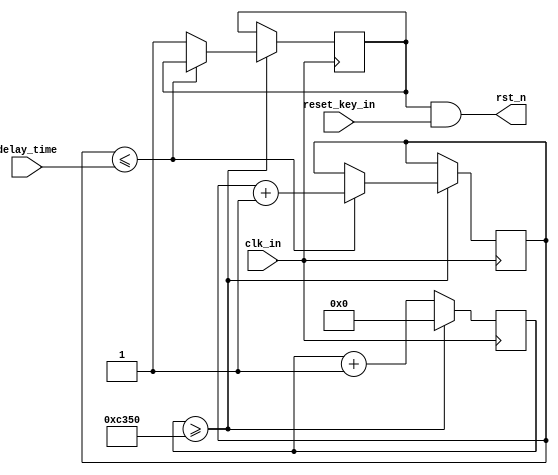

/*====================================================*/
/*				Document description
	: RESET.v
	: 
	: 2019-05-18
	: 	
			delay_time(ms)
			
	: 
	: V1.0
	: 1073804283@qq.com
*/
/*====================================================*/

/*====================================================*/
/*
// Module instantiation
//
RESET	U_RESET_?
(
	//input
	.clk_in(),			//50MHz
	.reset_key_in(),	//
	.delay_time(),		//ms 10'd1024

	//output
	.rst_n()			//
);
*/
/*====================================================*/

module RESET
(
	//input
	clk_in,			//50MHz
	reset_key_in,	//
	delay_time,		//ms 10'd1024

	//output
	rst_n			//
);

//-------------------------------------------------------
//				`define definition
//-------------------------------------------------------

`define CLK_IN 			50_000_000
`define CLK_1MS_Count 	`CLK_IN/1000

//-------------------------------------------------------
//				reg / wire definition
//-------------------------------------------------------

input	wire			clk_in;
input	wire			reset_key_in;
input	wire	[9:0]	delay_time;
output	wire			rst_n ;

reg						delay_rst_n 	= 1'b0;
reg				[23:0]	Count_1Ms 		= 24'd0;
reg				[9:0]	Delay_Count 	= 10'd0;

//-------------------------------------------------------
//				Structural coding
//-------------------------------------------------------

assign rst_n = delay_rst_n && reset_key_in;

always @ (posedge clk_in) begin
	if(Count_1Ms >= `CLK_1MS_Count) begin
		Count_1Ms <= 0;
		if( Delay_Count <= delay_time ) begin
			Delay_Count <= Delay_Count + 1;
		end
		else begin
			Delay_Count <= Delay_Count;
			delay_rst_n <= 1'b1;
		end
	end
	else begin
		Count_1Ms <= Count_1Ms + 1;
	end
end


endmodule